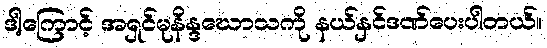
ဒါ့ကြောင့် အရှင်မုနိန္ဒဃောသကို နယ်နှင်ဒဏ်ပေးပါတယ်။